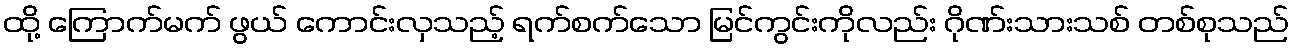
ထို့ ကြောက်မက် ဖွယ် ကောင်းလှသည့် ရက်စက်သော မြင်ကွင်းကိုလည်း ဂိုဏ်းသားသစ် တစ်စုသည်